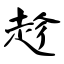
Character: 趁